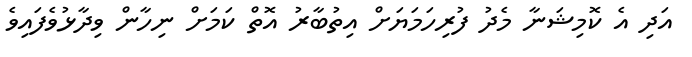
އަދި އެ ކޮމިޝަނާ މެދު ފުރިހަމަޔަށް އިތުބާރު އޮތް ކަމަށް ނިހާން ވިދާޅުވެފައިވެ